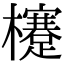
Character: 𣟯